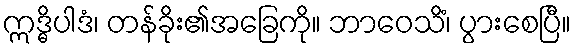
ဣဒ္ဓိပါဒံ၊ တန်ခိုး၏အခြေကို။ ဘာဝေသိံ၊ ပွားစေပြီ။